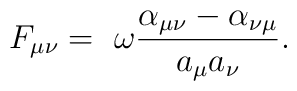
F_{\mu \nu}= \ \omega \frac {\alpha_{\mu \nu}-\alpha_{\nu\mu}}{a_{\mu} a_{\nu}}.